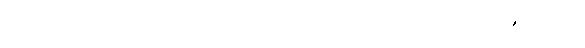
ဂေါစရဘူတာ၊ အာရုံဖြစ်၍ ဖြစ်ကုန်သော။ သတ္တာ၊ သတ္တာဝါတို့သည်။ အပ္ပမာဏာ၊